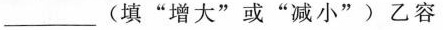
___(填”增大”或”减小”)乙容